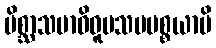
မိစ္ဆာသမာဓိဝူပသမပစ္စယာပိ